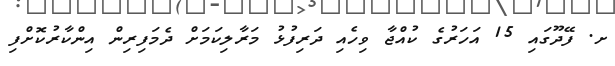
ށ. ފޭދޫގައި 15 އަހަރުގެ ކުއްޖާ ވިހެއި ދަރިފުޅު މަރާލިކަމަށް ދެމަފިރިން އިންކާރުކޮށްފި